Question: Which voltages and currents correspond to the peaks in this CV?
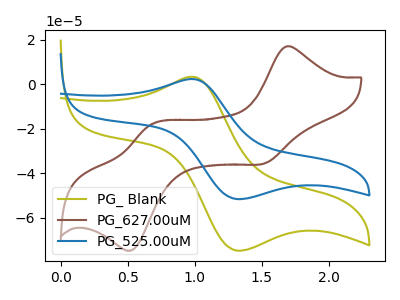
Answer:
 <answer>The olive curve "PG_ Blank" has an anodic peak at (1.00V, 3.25uA) and a cathodic peak at (1.30V, -74.75uA). The brown curve "PG_627.00uM" has anodic peaks at (1.70V, 16.85uA) (0.65V, -18.30uA) and cathodic peaks at (1.50V, -35.55uA) (0.55V, -74.50uA). The blue curve "PG_525.00uM" has an anodic peak at (1.00V, 2.25uA) and a cathodic peak at (1.30V, -51.65uA).</answer>
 <eval></eval>